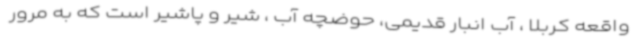
واقعه کربلا ، آب انبار قدیمی، حوضچه آب ، شیر و پاشیر است که به مرور